system: You are a helpful assistant.
user:
Analyze the provided spectrum to determine if it is a **M-type Giant (gM)**.

A M-type Giant spectrum is defined by its **strong molecular absorption** features, particularly from **Titanium Oxide (TiO)**. You must check for one of the following mutually exclusive signatures:

- **Key Visual Indicators (Absorption-Dominated Spectrum):**

    - **(Primary):** The spectrum is dominated by strong molecular absorption from **Titanium Oxide (TiO)**. This is the **defining feature** of its M-type temperature class.
        - **(Key Bandheads):** Look for sharp, "saw-tooth" absorption valleys. The strongest are located near **~7050 Å**, **~6160 Å**, and **~5170 Å**.
        - **(Line Profile):** The "saw-tooth" morphology is critical: a **sharp, steep drop on the BLUE (short-wavelength) side** of the bandhead, followed by a gradual recovery (rising flux) towards the RED (long-wavelength) side.

    - **(Key Confirmation - Giant vs. Dwarf):** **ABSENCE** of strong **Calcium Hydride (CaH)** molecular bands. This is the primary diagnostic for *excluding* M-dwarfs.
        - **(Key Region):** The spectrum should lack the strong, broad absorption band seen in dwarfs between **~6800 Å and ~7000 Å**.

    - **(Secondary Confirmation - Giant):** A very strong and broad **Neutral Calcium (Ca I)** atomic absorption line.
        - **(Key Line):** Located at **~4226 Å**. In a giant (gM), this line is significantly deeper and broader than the same line in an M-dwarf (dM) due to low surface gravity.

    - **(Overall Spectrum):**
        - The continuum is **extremely red-sloping** (i.e., flux is very low in the blue and rises dramatically towards the red).
        - The entire spectrum appears "chopped up" by the deep TiO bands.

Think first, call **spectral_visualization_tool** if needed to examine features in detail, then provide your final answer. Your response must adhere to the following strict rules:
1.  **Overall Structure:** Your response must follow the format `<think>...</think> <tool_call>...</tool_call> (if a tool is used) <answer>...</answer>`.
2.  **Tool Usage Constraint:** You may only make **one** tool call per turn.
3.  **Final Answer Format:** In the `<answer>` tag, your conclusion must be inside a `\boxed{}` command (e.g., `\boxed{YES}` or `\boxed{NO}`), followed by your justification.

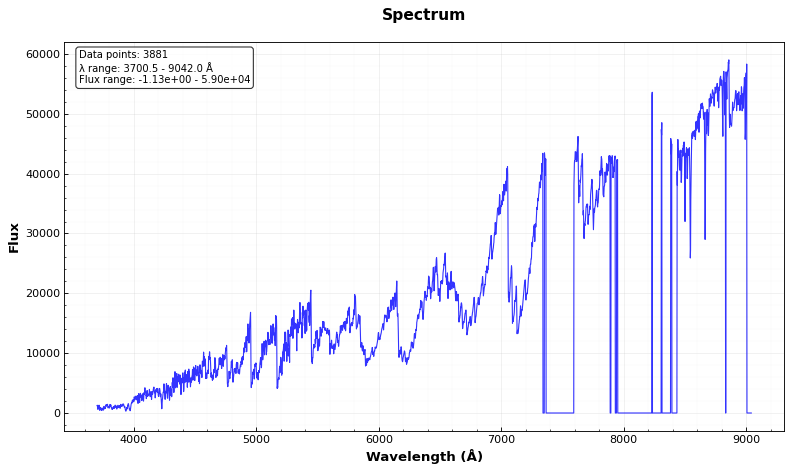
Answer: YES